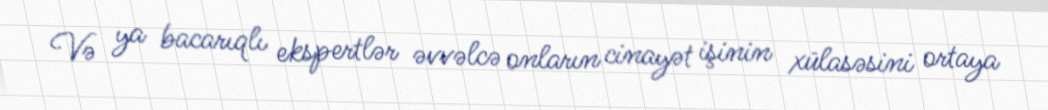
Və ya bacarıqlı ekspertlər əvvəlcə onların cinayət işinin xülasəsini ortaya